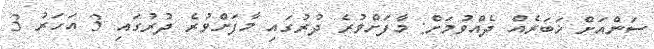
ސަންއަށް ޚަބަރެއް ދެއްވުމަށް: މާފަށްވުރެ ދުރުގައި މާފަށްވުރެ ދުރުގައި 3 އަހަރު 3